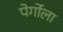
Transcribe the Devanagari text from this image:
पेर्गोला